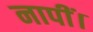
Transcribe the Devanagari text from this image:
नापीं।